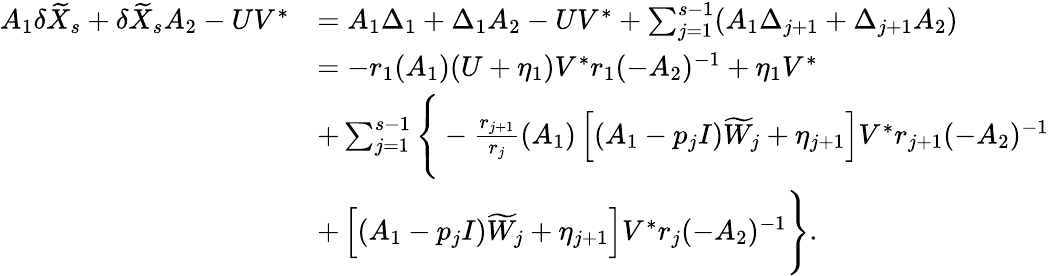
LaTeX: \begin{array}{rl}{A_{1}\delta\widetilde X_{s}+\delta\widetilde X_{s}A_{2}-UV^{*}}&{=A_{1}\Delta_{1}+\Delta_{1}A_{2}-UV^{*}+\sum_{j=1}^{s-1}(A_{1}\Delta_{j+1}+\Delta_{j+1}A_{2})}\\ &{=-r_{1}(A_{1})(U+\eta_{1})V^{*}r_{1}(-A_{2})^{-1}+\eta_{1}V^{*}}\\ &{+\sum_{j=1}^{s-1}\Bigg\{ -\frac{r_{j+1}}{r_{j}}(A_{1})\left[(A_{1}-p_{j}I)\widetilde W_{j}+\eta_{j+1}\right]V^{*}r_{j+1}(-A_{2})^{-1}}\\ &{+\left[(A_{1}-p_{j}I)\widetilde W_{j}+\eta_{j+1}\right]V^{*}r_{j}(-A_{2})^{-1}\Bigg\} .}\end{array}